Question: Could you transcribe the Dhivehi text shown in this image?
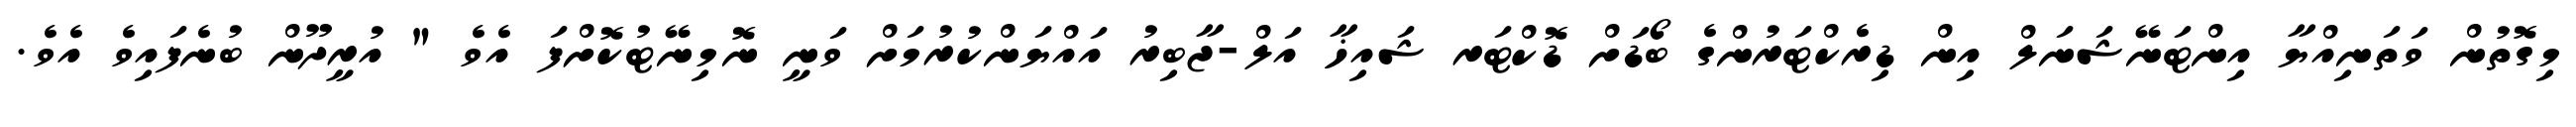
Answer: މިގޮތުން ވަތަނިއްޔާ އިންޓަނޭޝަނަލް އިން ޑިރެކްޓަރުންގެ ބޯޑަށް ޑޮކްޓަރ ޝައިޚާ އަލް-ޖާބިރު އައްޔަންކުރުމަށް ވަނީ ނޮމިނޭޓުކޮށްފަ އެވެ " އުރީދޫން ބުނެފައިވެ އެވެ.